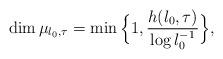
LaTeX: \begin{align*}\dim\mu_{\l_0,\tau}=\min\Big\{1,\frac{h(\l_0,\tau)}{\log \l_0^{-1}}\Big\},\end{align*}